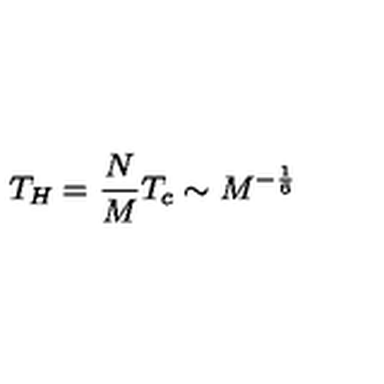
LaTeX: T _ { H } = \frac { N } { M } T _ { c } \sim M ^ { - \frac { 1 } { 6 } }